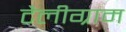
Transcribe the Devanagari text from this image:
टैलीग्राम